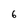
Character: 6